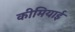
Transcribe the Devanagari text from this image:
कीमियाई